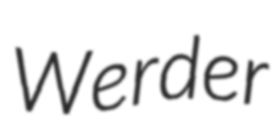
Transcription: Werder